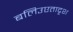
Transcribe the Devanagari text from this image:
बलिउएतादृश